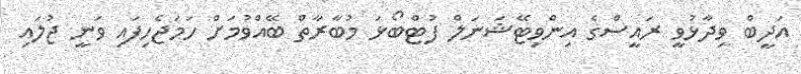
އަދީބް ވިދާޅުވީ ރައީސްގެ އިންވިޓޭޝަނަލް ފުޓްބޯޅަ މުބާރާތް ބޭއްވުމަށް ހަމަޖެހިފައި ވަނީ ޖުލައި